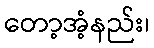
တော့အံ့နည်း၊